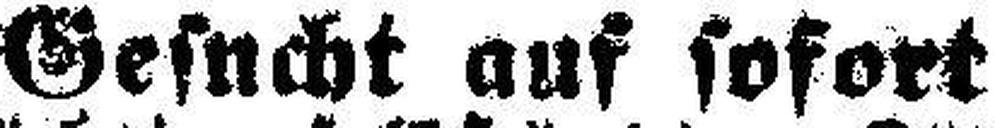
Gesucht auf sofort